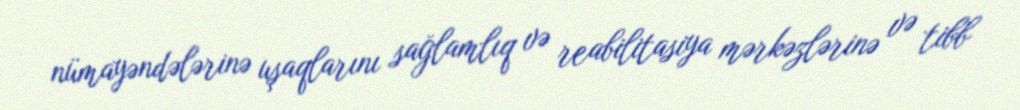
nümayəndələrinə uşaqlarını sağlamlıq və reabilitasiya mərkəzlərinə və tibb